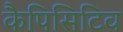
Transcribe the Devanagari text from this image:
कैपिसिटिव